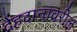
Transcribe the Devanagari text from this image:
देहदानावरील